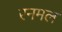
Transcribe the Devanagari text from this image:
रनमल